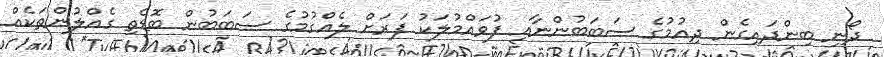
ދޯނި ބިންދައިގެން ދިއުމުގެ ސަބަބުންނާއި ފުވައްމުލަކު ފަރަށް ލެއްގުމުގެ ސަބަބުން ބޮޑެތި ގެއްލުންތަކެއް